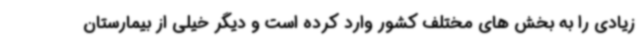
زیادی را به بخش های مختلف کشور وارد کرده است و دیگر خیلی از بیمارستان